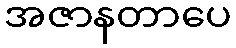
အဇာနတာပေ